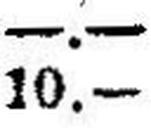
10.—